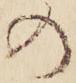
の